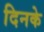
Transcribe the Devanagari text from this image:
दिनके